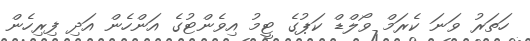
ހަތަރު ވަނަ ކެރަމް ވޯލްޑް ކަޕުގެ ޓީމު އިވެންޓުގެ އަންހެން އަދި ފިރިހެން